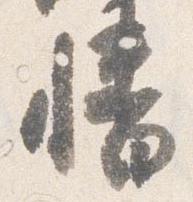
幡